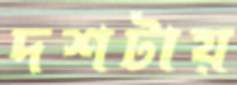
দশটায়